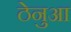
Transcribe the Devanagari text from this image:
ठेनुआ